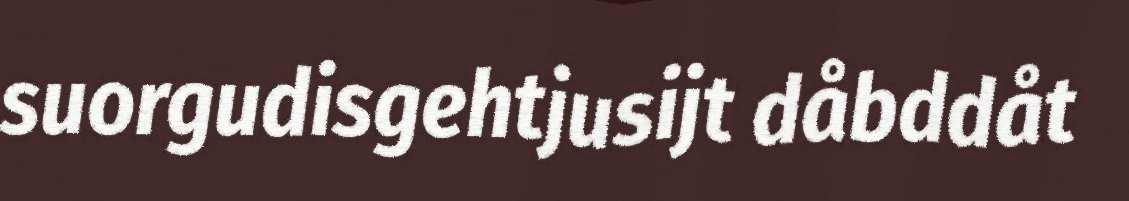
suorgudisgehtjusijt dåbddåt